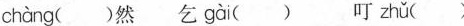
chàng ()然乞 gài () 叮 zhǔ ()